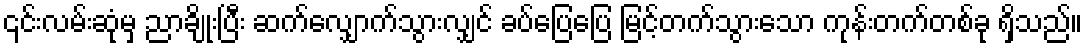
၎င်းလမ်းဆုံမှ ညာချိုးပြီး ဆက်လျှောက်သွားလျှင် ခပ်ပြေပြေ မြင့်တက်သွားသော ကုန်းတက်တစ်ခု ရှိသည်။